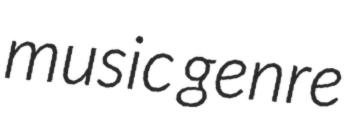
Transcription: music genre